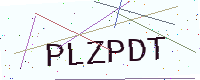
Text: PLZPDT